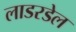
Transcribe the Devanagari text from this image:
लाडरडेल